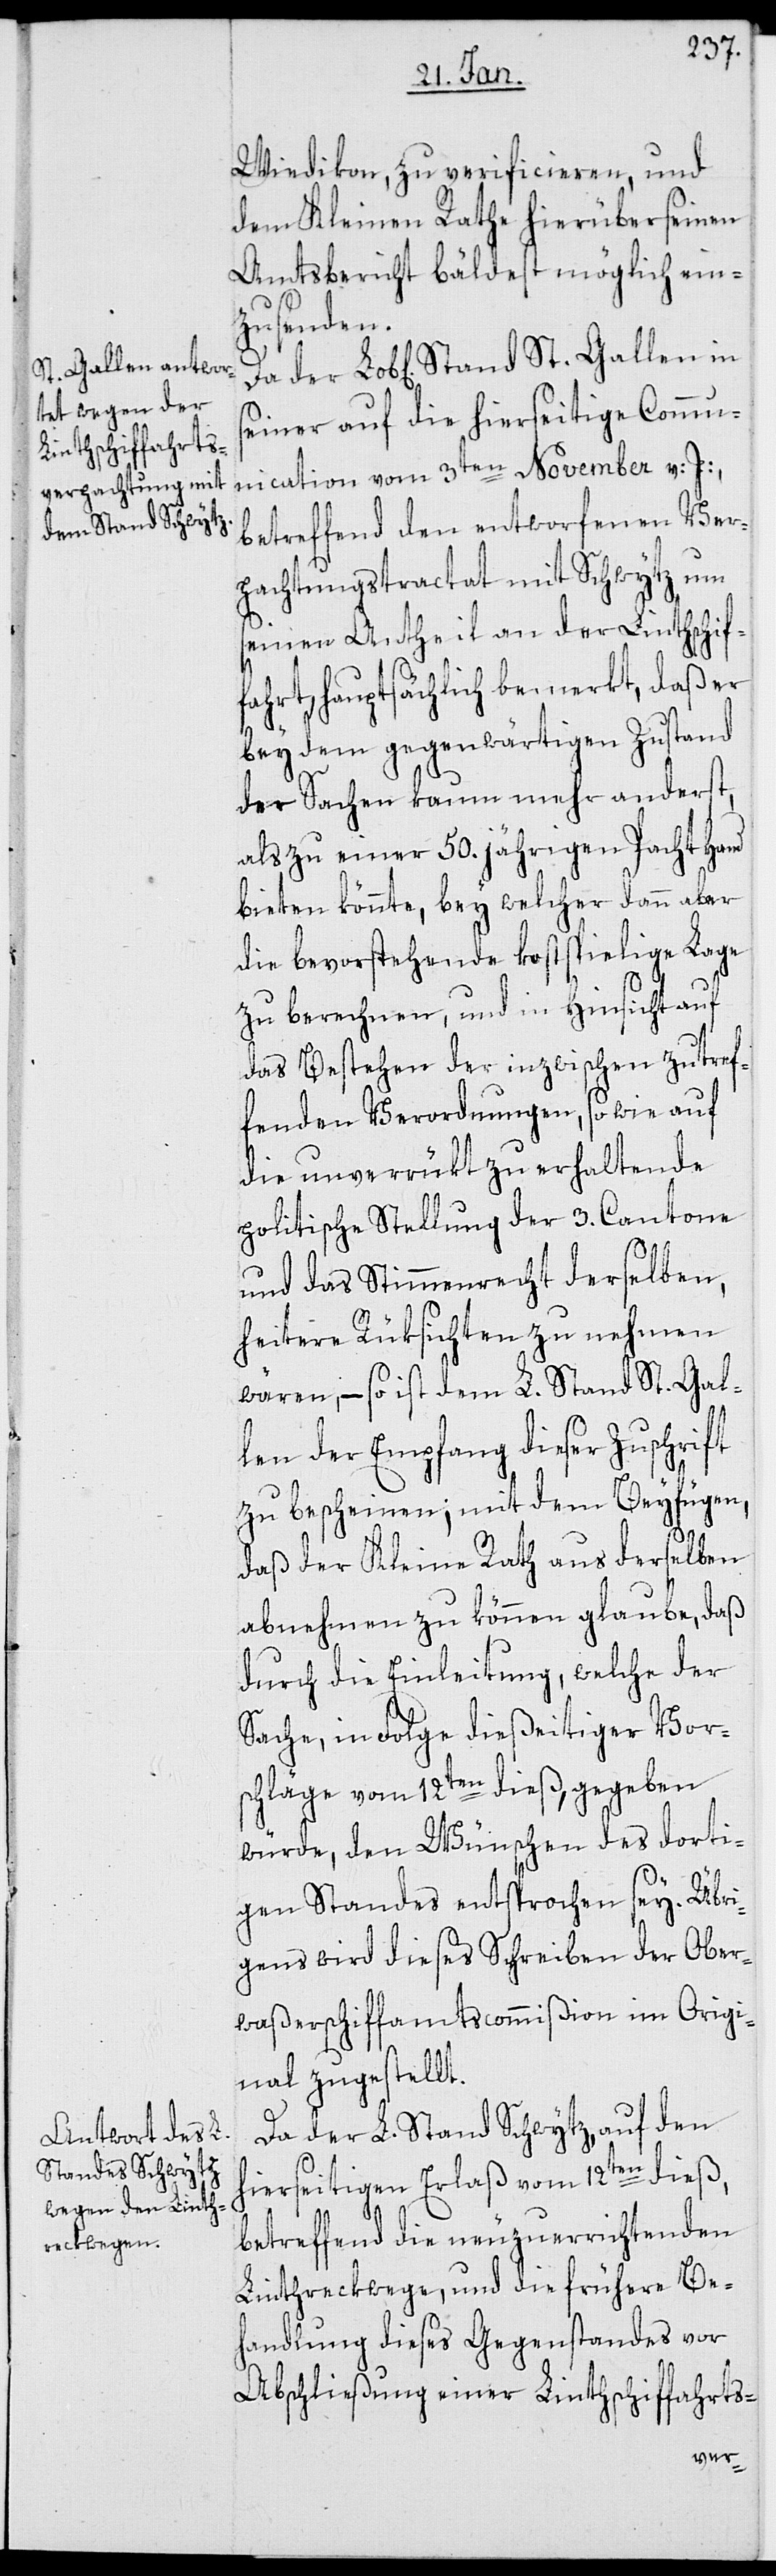
Wiedikon, zu verificieren, und
dem Kleinen Rathe hierüber seinen
Amtsbericht bäldest möglich ein¬
zusenden.
seiner auf die hierseitige Commu¬
nication vom 3ten November v. J.,
betreffend den entworfenen Ver¬
pachtungstractat mit Schwytz um
seinen Antheil an der Linthschif¬
fahrt hauptsächlich bemerkt, daß er
bey dem gegenwärtigen Zustand
der Sachen kaum mehr anderst,
als zu einer 50.jährigen Pacht Hand
bieten könnte, bey welcher dann aber
die bevorstehende kostspielige Lage
zu berechnen, und in Hinsicht auf
das Bestehen der inzwischen zutref¬
fenden Verordnungen, so wie auf
die unverrükt zu erhaltende
politische Stellung der 3. Cantone
und das Stimmrecht derselben,
heitere Rüksichten zu nehmen
wären, – so ist dem L. Stand St. Gal¬
len der Empfang dieser Zuschrift
zu bescheinen, mit dem Beyfügen,
St.
daß der Kleine Rath aus derselben
abnehmen zu können glaube, daß
durch die Einleitung, welche der
Sache in Folge dießeitiger Vors¬
chläge vom 12ten dieß, gegeben
würde, den Wünschen des dorti¬
gen Standes entsprochen sey. Übri¬
gens wird dieses Schreiben der Ober¬
waßerschiffamtscommißion im Origi¬
nal zugestellt.
Da der L. Stand Schwytz auf den
hierseitigen Erlaß vom 12ten dieß,
betreffend die neuzuerrichtenden
Linthreckwege, und die frühere Be¬
handlung dieses Gegenstandes vor
Abschließung einer Linthschiffahrts-